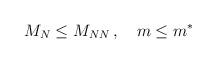
LaTeX: \begin{align*}M_N\leq M_{NN}\,,\quad m\leq m^\ast\end{align*}